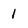
Character: 1